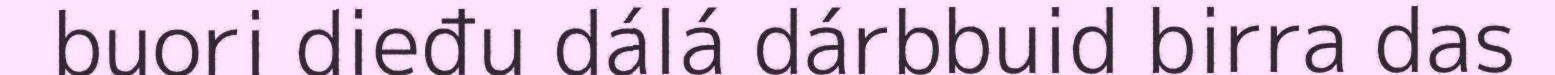
buori dieđu dálá dárbbuid birra das